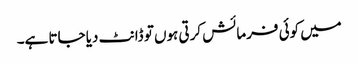
میں کوئی فرمائش کرتی ہوں تو ڈانٹ دیا جاتا ہے۔